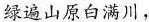
绿遍山原白满川，